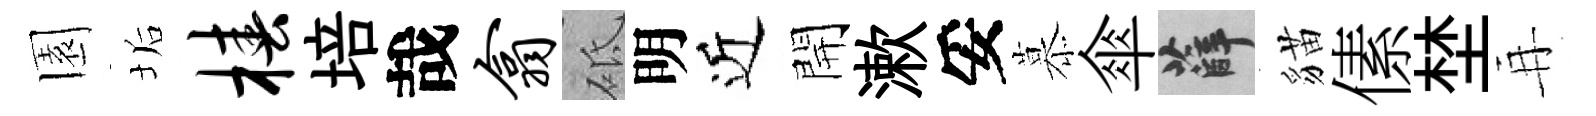
園垢椿培哉翕砥明近開漱妥慕傘薛貓傃埜再